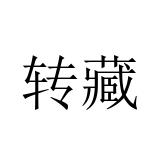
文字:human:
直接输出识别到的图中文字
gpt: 转藏